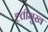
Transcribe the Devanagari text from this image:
ह्त्तीमुख